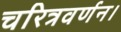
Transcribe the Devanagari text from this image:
चरित्रवर्णन।